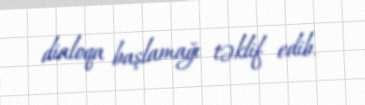
dialoqa başlamağı təklif edib.